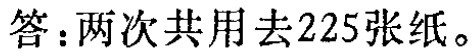
答：两次共用去225张纸。